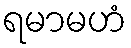
ရမာမဟံ